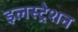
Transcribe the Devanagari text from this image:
इलस्ट्रेशन